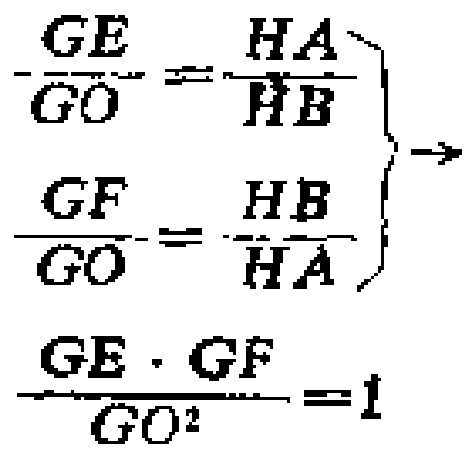
\[
\left.
\begin{array}{l}
\frac{GE}{GO}=\frac{HA}{HB}\\
\frac{GF}{GO}=\frac{HB}{HA}
\end{array}
\right\}
\to
\frac{GE\cdot GF}{GO^{2}} = 1
\]